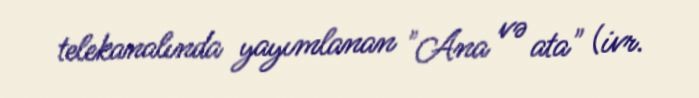
telekanalında yayımlanan "Ana və ata" (ivr.